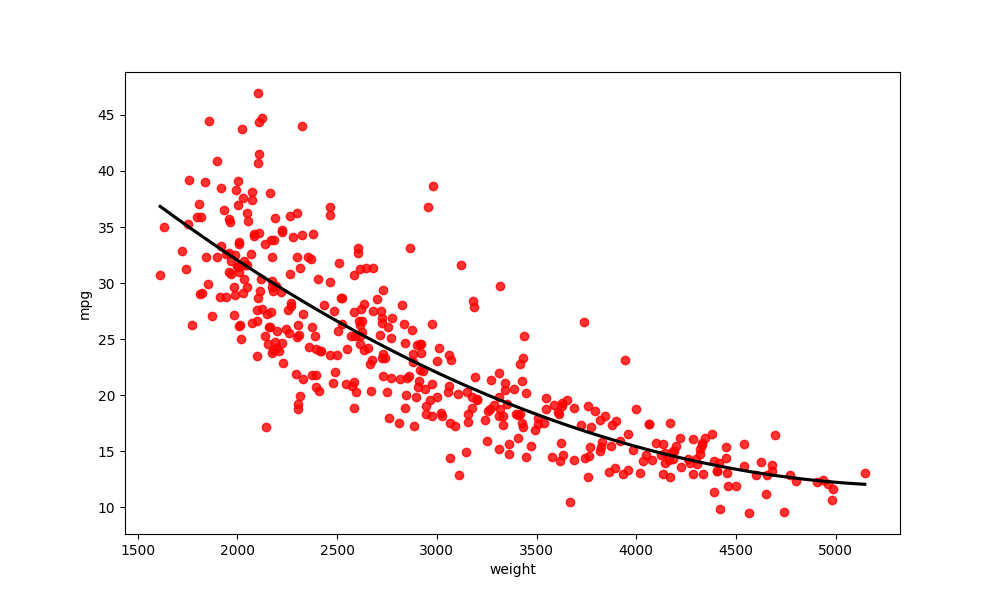
python, seaborn, regplot, order=2, ci=None, scatter_color=red, line_color=black